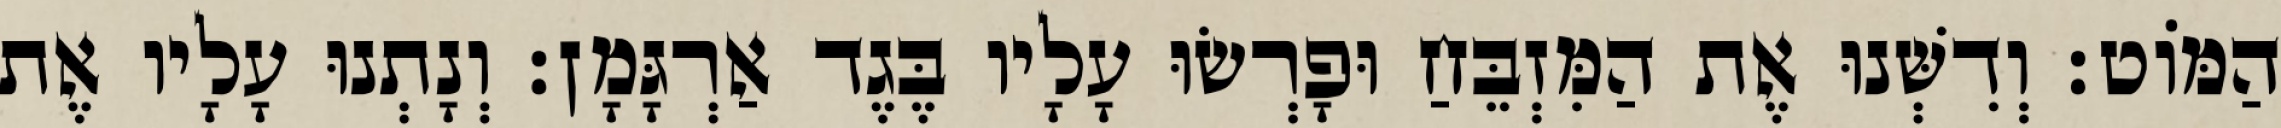
הַמּוֹט׃ וְדִשְּׁנוּ אֶת הַמִּזְבֵּחַ וּפָרְשׂוּ עָלָיו בֶּגֶד אַרְגָּמָן׃ וְנָתְנוּ עָלָיו אֶת